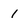
Character: l